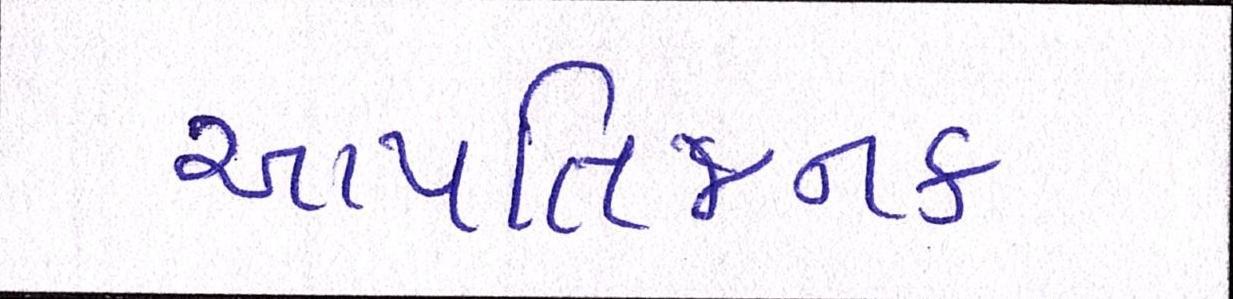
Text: આપત્તિજનક